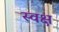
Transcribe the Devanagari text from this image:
स्वक्ष